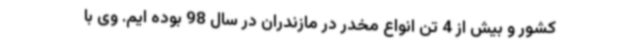
کشور و بیش از 4 تن انواع مخدر در مازندران در سال 98 بوده ایم. وی با